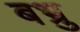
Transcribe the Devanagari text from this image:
बभ्रु